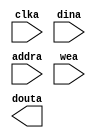
module hardware_beta_mem(
	clka,
	dina,
	addra,
	wea,
	douta);


input clka;
input [31 : 0] dina;
input [13 : 0] addra;
input [0 : 0] wea;
output [31 : 0] douta;

// synthesis translate_off

      BLK_MEM_GEN_V2_8 #(
		.C_ADDRA_WIDTH(14),
		.C_ADDRB_WIDTH(14),
		.C_ALGORITHM(1),
		.C_BYTE_SIZE(9),
		.C_COMMON_CLK(0),
		.C_DEFAULT_DATA("0"),
		.C_DISABLE_WARN_BHV_COLL(0),
		.C_DISABLE_WARN_BHV_RANGE(0),
		.C_FAMILY("virtex5"),
		.C_HAS_ENA(0),
		.C_HAS_ENB(0),
		.C_HAS_MEM_OUTPUT_REGS_A(0),
		.C_HAS_MEM_OUTPUT_REGS_B(0),
		.C_HAS_MUX_OUTPUT_REGS_A(0),
		.C_HAS_MUX_OUTPUT_REGS_B(0),
		.C_HAS_REGCEA(0),
		.C_HAS_REGCEB(0),
		.C_HAS_SSRA(0),
		.C_HAS_SSRB(0),
		.C_INIT_FILE_NAME("hardware_beta_mem.mif"),
		.C_LOAD_INIT_FILE(1),
		.C_MEM_TYPE(0),
		.C_MUX_PIPELINE_STAGES(0),
		.C_PRIM_TYPE(1),
		.C_READ_DEPTH_A(16384),
		.C_READ_DEPTH_B(16384),
		.C_READ_WIDTH_A(32),
		.C_READ_WIDTH_B(32),
		.C_SIM_COLLISION_CHECK("ALL"),
		.C_SINITA_VAL("0"),
		.C_SINITB_VAL("0"),
		.C_USE_BYTE_WEA(0),
		.C_USE_BYTE_WEB(0),
		.C_USE_DEFAULT_DATA(1),
		.C_USE_ECC(0),
		.C_USE_RAMB16BWER_RST_BHV(0),
		.C_WEA_WIDTH(1),
		.C_WEB_WIDTH(1),
		.C_WRITE_DEPTH_A(16384),
		.C_WRITE_DEPTH_B(16384),
		.C_WRITE_MODE_A("WRITE_FIRST"),
		.C_WRITE_MODE_B("WRITE_FIRST"),
		.C_WRITE_WIDTH_A(32),
		.C_WRITE_WIDTH_B(32),
		.C_XDEVICEFAMILY("virtex5"))
	inst (
		.CLKA(clka),
		.DINA(dina),
		.ADDRA(addra),
		.WEA(wea),
		.DOUTA(douta),
		.ENA(),
		.REGCEA(),
		.SSRA(),
		.CLKB(),
		.DINB(),
		.ADDRB(),
		.ENB(),
		.REGCEB(),
		.WEB(),
		.SSRB(),
		.DOUTB(),
		.DBITERR(),
		.SBITERR());


// synthesis translate_on

// XST black box declaration
// box_type "black_box"
// synthesis attribute box_type of hardware_beta_mem is "black_box"

endmodule